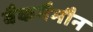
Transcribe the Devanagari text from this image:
बैकगैमौन